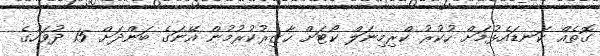
ގޮތެއް ކަނޑައެޅުމަށް ހުކުރު ކްރިމިނަލް ކޯޓަށް ހާޒިރުކުރުމުން އޭނަގެ ބަންދަށް 15 ދުވަހުގެ